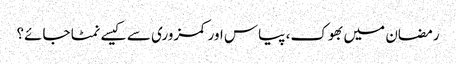
رمضان میں بھوک، پیاس اور کمزوری سے کیسے نمٹا جائے؟